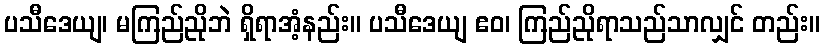
ပသီဒေယျ၊ မကြည်ညိုဘဲ ရှိရာအံ့နည်း။ ပသီဒေယျ ဧဝ၊ ကြည်ညိုရာသည်သာလျှင် တည်း။